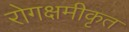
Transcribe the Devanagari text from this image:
रोगक्षमीकृत